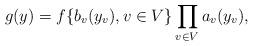
LaTeX: \begin{align*}g(y)=f\{b_{v}(y_{v}),v\in V\}\prod_{v\in V}a_{v}(y_{v}),\end{align*}